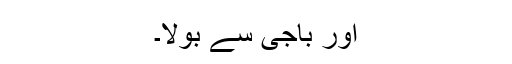
اور باجی سے بولا۔